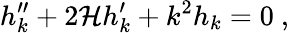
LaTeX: h_{k}^{\prime\prime}+2{\cal H}h_{k}^{\prime}+k^{2}h_{k}=0\ ,